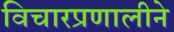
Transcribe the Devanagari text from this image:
विचारप्रणालीने